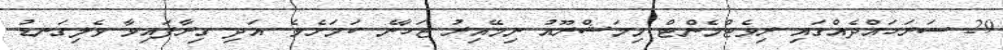
29 ސަރަހައްދެއްގައި ރިވެޓްމެންޓް މިމަޝްރޫއު ނިމޭއިރު ޖަހާނެ ކަމަށެވެ. އަދި ގިރާފައިވާ ވެލިގަނޑު